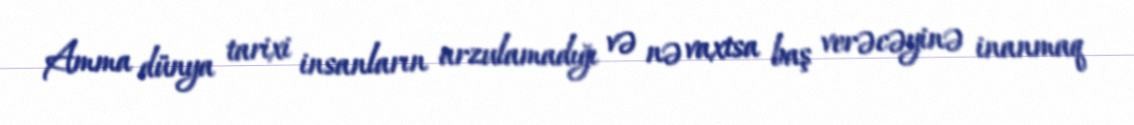
Amma dünya tarixi insanların arzulamadığı və nə vaxtsa baş verəcəyinə inanmaq